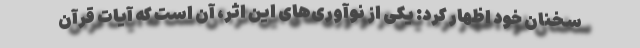
سخنان خود اظهار کرد: یکی از نوآوری‌های این اثر، آن است که آیات قرآن